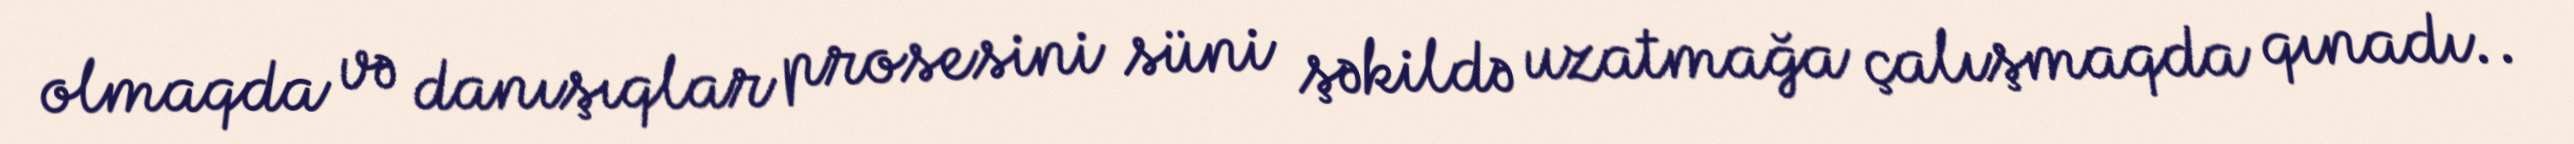
olmaqda və danışıqlar prosesini süni şəkildə uzatmağa çalışmaqda qınadı..